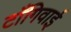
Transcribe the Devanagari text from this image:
टाँगिवाई